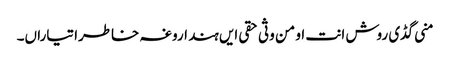
منی گڈی روش انت او من وثی حقی ایں ہند اروغہ خاطرا تیاراں۔